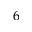
6